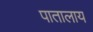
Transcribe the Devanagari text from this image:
पातालाय